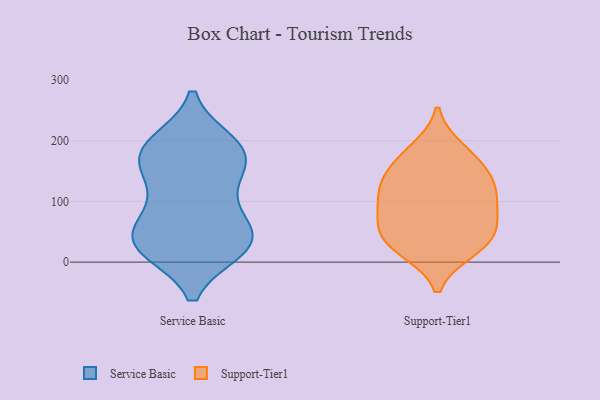
{"axis": {"x": "Headcount", "y": "Value"}, "legend": ["Service Basic", "Support-Tier1"], "data": [{"x": "", "y": 28, "type": "Service Basic"}, {"x": "", "y": 22, "type": "Service Basic"}, {"x": "", "y": 179, "type": "Service Basic"}, {"x": "", "y": 35, "type": "Service Basic"}, {"x": "", "y": 156, "type": "Service Basic"}, {"x": "", "y": 45, "type": "Service Basic"}, {"x": "", "y": 22, "type": "Service Basic"}, {"x": "", "y": 58, "type": "Service Basic"}, {"x": "", "y": 105, "type": "Service Basic"}, {"x": "", "y": 196, "type": "Service Basic"}, {"x": "", "y": 169, "type": "Service Basic"}, {"x": "", "y": 81, "type": "Service Basic"}, {"x": "", "y": 142, "type": "Service Basic"}, {"x": "", "y": 26, "type": "Service Basic"}, {"x": "", "y": 186, "type": "Service Basic"}, {"x": "", "y": 194, "type": "Service Basic"}, {"x": "", "y": 19, "type": "Support-Tier1"}, {"x": "", "y": 121, "type": "Support-Tier1"}, {"x": "", "y": 133, "type": "Support-Tier1"}, {"x": "", "y": 186, "type": "Support-Tier1"}, {"x": "", "y": 101, "type": "Support-Tier1"}, {"x": "", "y": 104, "type": "Support-Tier1"}, {"x": "", "y": 20, "type": "Support-Tier1"}, {"x": "", "y": 71, "type": "Support-Tier1"}, {"x": "", "y": 154, "type": "Support-Tier1"}, {"x": "", "y": 178, "type": "Support-Tier1"}, {"x": "", "y": 138, "type": "Support-Tier1"}, {"x": "", "y": 77, "type": "Support-Tier1"}, {"x": "", "y": 33, "type": "Support-Tier1"}, {"x": "", "y": 51, "type": "Support-Tier1"}, {"x": "", "y": 48, "type": "Support-Tier1"}]}